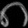
Digit: ၈